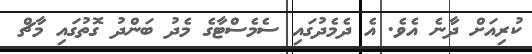
ކުރިއަށް ދާނެ އެވެ. އެ ދެމެދުގައި ސެމެސްޓާގެ މެދު ބަންދު ގޮތުގައި މާޗް